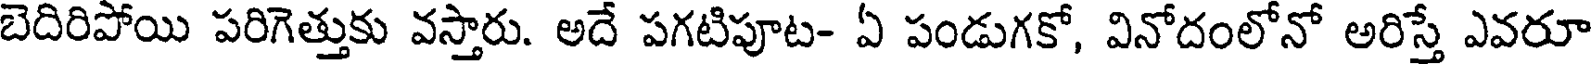
బెదిరిపోయి పరిగెత్తుకు వస్తారు. అదే పగటిపూట- ఏ పండుగకో, వినోదంలోనో అరిస్తే ఎవరూ